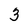
Character: 3